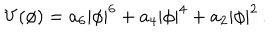
V ( \phi ) = a _ { 6 } | \phi | ^ { 6 } + a _ { 4 } | \phi | ^ { 4 } + a _ { 2 } | \phi | ^ { 2 } \, .